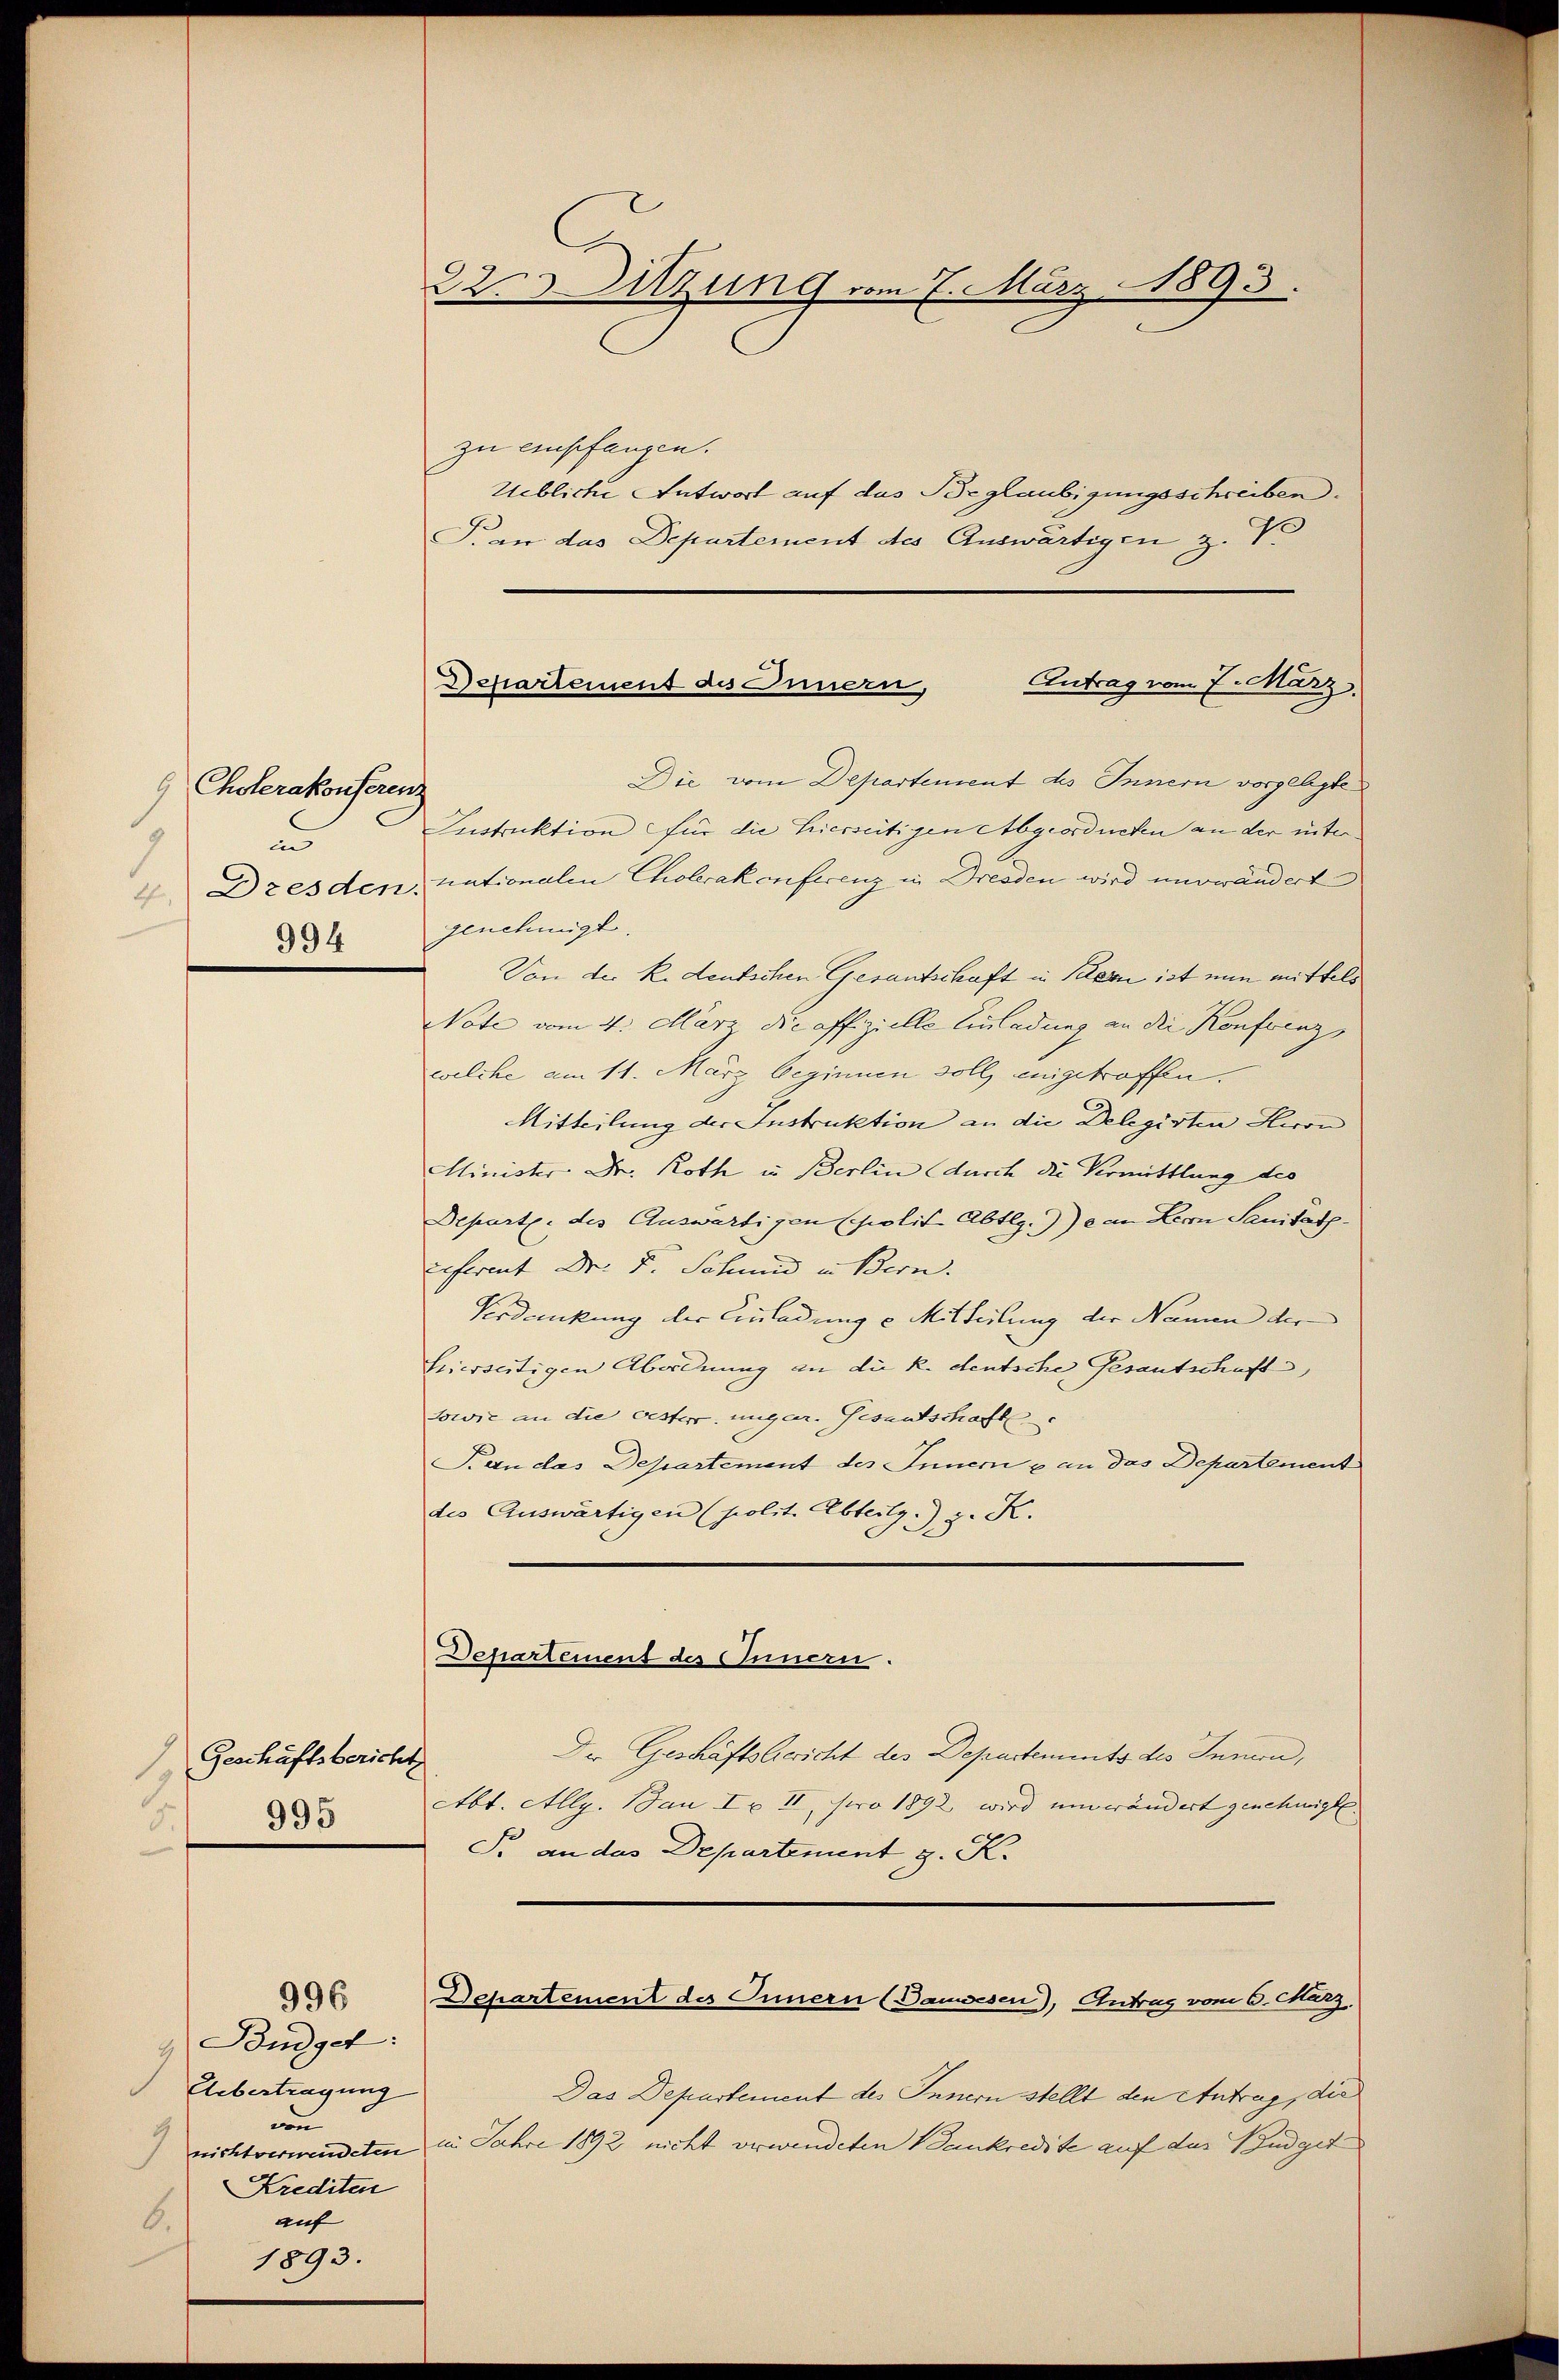
Cholerakonferenz
an
994

Budget:
Uebertragung
von
7
Krediten
auf
6.
1893.

996

Geschäftsbericht
1
995
4.

22 Ditzung vom 7. März 1893.

zu empfangen.
Uebliche Antwort auf das Beglaubigungsschreiben.
Fran das Departement des Auswärtigen z. Vo
Die vom Departement des Innern vorgelegte
Instruktion für die hiesseitigen Abgeordneten an der inter¬
4 Dresden, nationalen Cholerakonferenz in Dresden wird unverändert
genehmigt.
Von der R. deutschen Gesantschaft in Kern ist nun mittels
Note vom 4. März die affzielle Einladung an die Konferenz,
welche am 11. März beginnen soll eingetroffen.
Mitteilung der Instruktion an die Delegirten Hiron
Minister Dr. Roth in Berlin (durch die Vermittlung des
Departe. des Auswärtigen scholis Abtlg.)) e an Herrn Sanität.
referent Dr. F. Schmid in Bern.
Verdankung der Einladung u Mitteilung der Namen der
hierseitigen Abordnung an die k. deutsche Gesantschaft,
sowie an die oesterr. ungar. Gesandschaft
Kan das Departement des Innern & an das Departement
des Auswärtigen (polit. Abteilg. z. K.
Departement des Innern.
Der Geschäftsbericht des Departements des Innern,
Abt. Allg. Jan I & II, pro 1892 wird unverändert genehmigt.
Fr. an das Departement z. K.
Departement des Innern (Danwesen), Antrag vom 6. März,
Das Departement des Innern stellt den Antrag, die
nichtverwendeten in Jahre 1892 nicht verwendeten Bankredite auf das Budget

Departement des Innern, Eintrag/Antrag vom 7. März